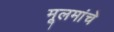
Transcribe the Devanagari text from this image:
मूलमांचे